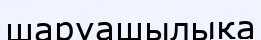
шаруашылықа